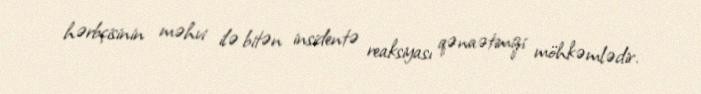
hərbçisinin məhvi ilə bitən insidentə reaksiyası qənaətimizi möhkəmlədir.